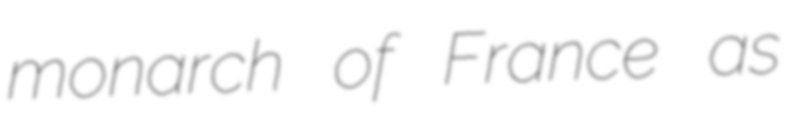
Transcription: monarch of France as